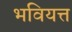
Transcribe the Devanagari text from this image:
भवियत्त